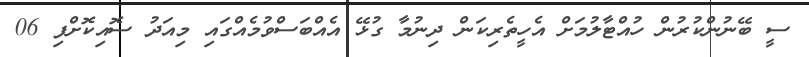
ސީ ބޭނުންކުރުން ހުއްޓާލުމަށް އެހީތެރިކަން ދިނުމާ ގުޅޭ އެއްބަސްވުމެއްގައި މިއަދު ސޮއިކޮށްފި 06